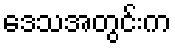
ဒေသအတွင်းက